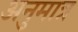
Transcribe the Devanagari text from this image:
अनुमात्र